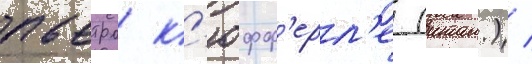
пьетро к'юфф'ерл'е (итал.) /